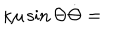
LaTeX: \kappa \mu \sin \Theta \dot { \Theta } =